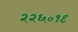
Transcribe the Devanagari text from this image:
२२६०१९